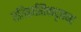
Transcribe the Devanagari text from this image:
एतिहासिकदृष्ट्या